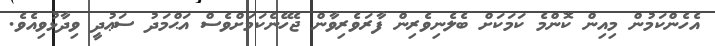
އެހެންކަމުން މިއިން ކޮންމެ ކަމަކަށް ބެލެނިވެރިން ފާރަވެރިވާން ޖެހޭނެކަމަށްވެސް އަޙްމަދު ސަޢުދީ ވިދާޅުވިއެވެ.